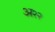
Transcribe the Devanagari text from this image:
अ२२